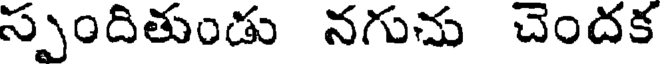
స్పందితుండు నగుచు చెందక